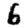
Digit: 6